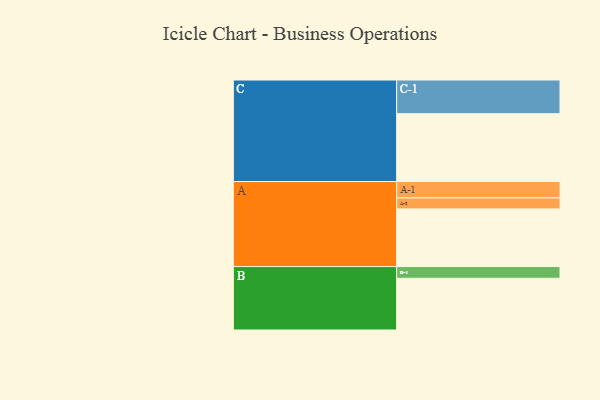
{"axis": {"x": "Segment", "y": "Value"}, "legend": ["", "A", "B", "C"], "data": [{"x": "A", "y": 457, "type": ""}, {"x": "B", "y": 410, "type": ""}, {"x": "C", "y": 538, "type": ""}, {"x": "A-1", "y": 130, "type": "A"}, {"x": "A-2", "y": 87, "type": "A"}, {"x": "B-1", "y": 93, "type": "B"}, {"x": "C-1", "y": 267, "type": "C"}]}